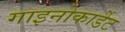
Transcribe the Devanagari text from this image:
गाइनोकार्डेट